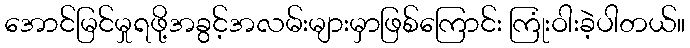
အောင်မြင်မှုရဖို့အခွင့်အလမ်းများမှာဖြစ်ကြောင်း ကြုံးဝါးခဲ့ပါတယ်။